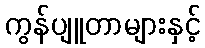
ကွန်ပျူတာများနှင့်